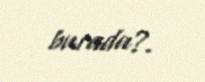
burada?.